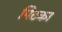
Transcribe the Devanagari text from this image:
पिटका